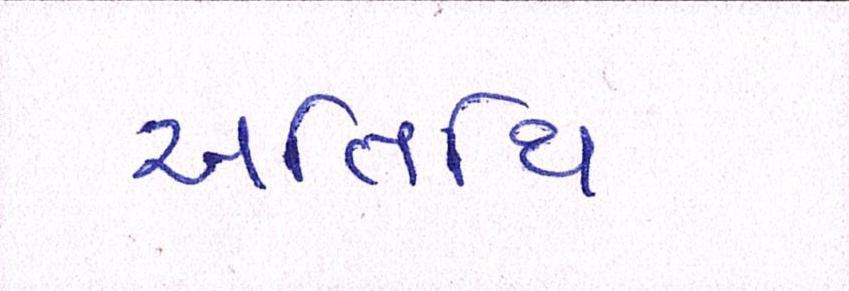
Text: અતિથિ